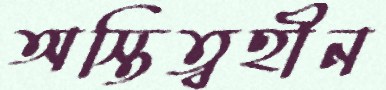
অস্তিত্বহীন